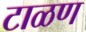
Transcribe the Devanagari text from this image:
टाळण